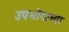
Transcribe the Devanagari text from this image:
उपभोगाच्या